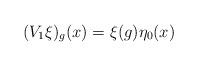
LaTeX: \begin{align*}(V_1 \xi)_g(x) = \xi(g) \eta_0(x)\end{align*}